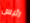
رئيس